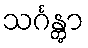
သင်္ဂန္တွာ